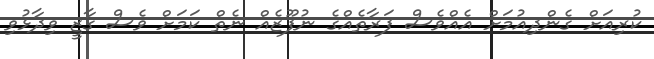
ކުރިއަށް ގެންދިއުމަށް އެއްވެސް ފަރާތެއްގެ ނުފޫޒެއް ނެތް ކަމަށް ވެސް ގާޒީ ވިދާޅުވި